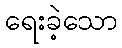
ရေးခဲ့သော